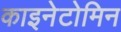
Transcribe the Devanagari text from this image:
काइनेटोमिन